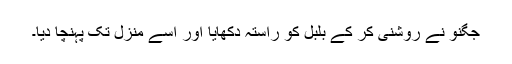
جگنو نے روشنی کر کے بلبل کو راستہ دکھایا اور اسے منزل تک پہنچا دیا۔